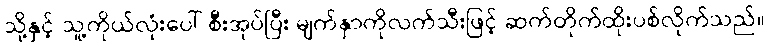
သို့နှင့် သူ့ကိုယ်လုံးပေါ် စီးအုပ်ပြီး မျက်နှာကိုလက်သီးဖြင့် ဆက်တိုက်ထိုးပစ်လိုက်သည်။